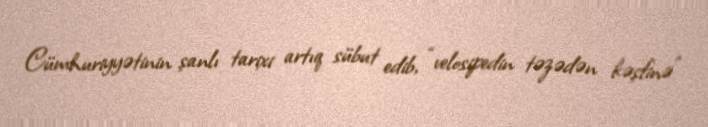
Cümhuriyyətinin şanlı tarixi artıq sübut edib, “velosipedin təzədən kəşfinə”